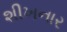
શીખનાર